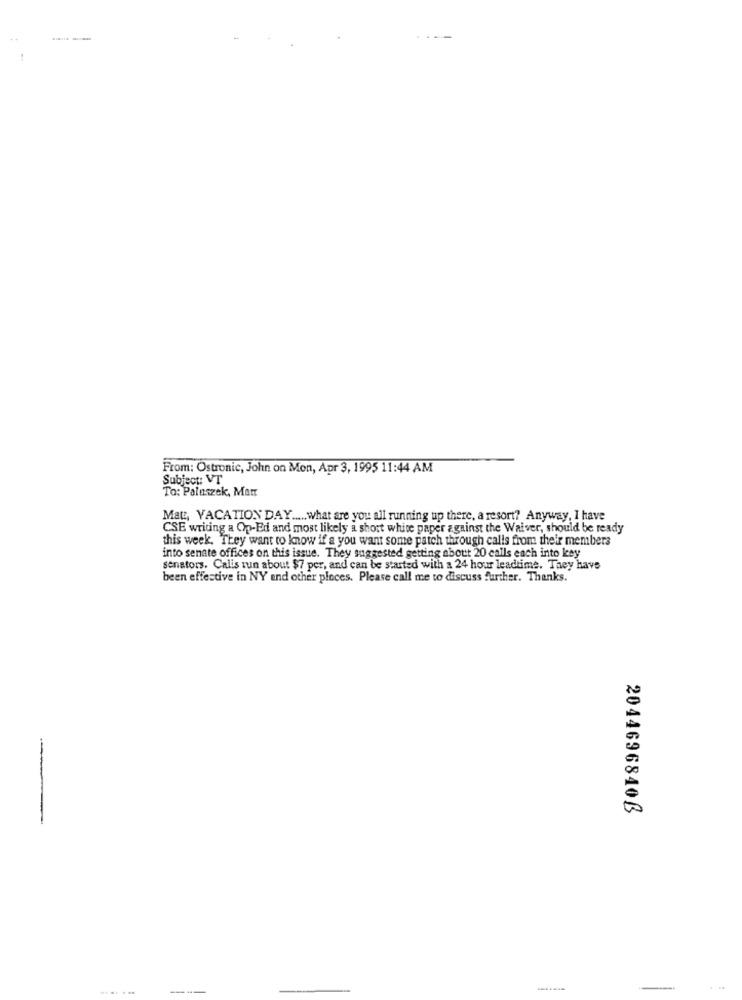
From: Ostronic, John on Mon, Apr 3, 1995 11:44 AM
Subject: VT
To: Paluszek, Mat
Mat, VACATION DAY .... what are you all running up there, a resort? Anyway, I have
CSE writing a Op-Ed and most likely a short white paper against the Waiver, should be ready
this week. They want to know if a you want some patch through calls from their members
into senate offices on this issue. They suggested getting about 20 calls each into ksy
senators. Calis run about $7 per, and can be started with a 24 hour leadtime. They have
been effective in NY and other places. Please call me to discuss further. Thanks.
2044696840ß
.....
---